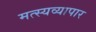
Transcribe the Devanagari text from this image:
मत्स्यव्यापार